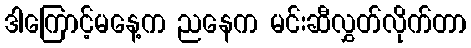
ဒါကြောင့်မနေ့က ညနေက မင်းဆီလွှတ်လိုက်တာ